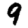
Digit: 9